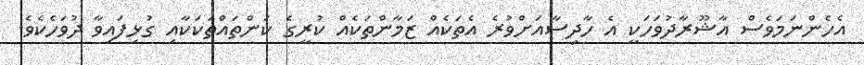
އެހެންނަމަވެސް އާޝޫރާދުވަހަކީ އެ ހާދިސާއަށްވުރެ އެތަކެއް ޒަމާންތަކެއް ކުރީގެ ކަންތައްތަކަކާއި ގުޅިފައިވާ ދުވަހެކެވެ.